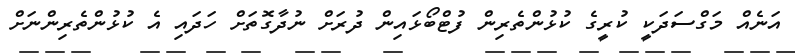
އަނެއް މަގްސަދަކީ ކުރީގެ ކުޅުންތެރިން ފުޓްބޯޅައިން ދުރަށް ނުދާގޮތަށް ހަދައި އެ ކުޅުންތެރިންނަށް